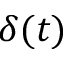
\delta ( t )